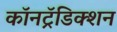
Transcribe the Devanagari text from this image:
कॉनट्रॅडिक्शन